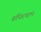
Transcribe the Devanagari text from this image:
रूधिरचाप